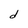
Character: d